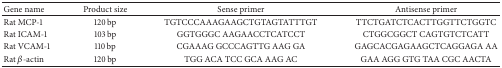
<table><thead><tr><td><b>Gene name</b></td><td><b>Product size </b></td><td><b>Sense primer</b></td><td><b>Antisense primer</b></td></tr></thead><tbody><tr><td>Rat MCP-1</td><td>120 bp</td><td>TGTCCCAAAGAAGCTGTAGTATTTGT</td><td>TTCTGATCTCACTTGGTTCTGGTC</td></tr><tr><td>Rat ICAM-1</td><td>103 bp</td><td>GGTGGGC AAGAACCTCATCCT</td><td>CTGGCGGCT CAGTGTCTCATT</td></tr><tr><td>Rat VCAM-1</td><td>110 bp</td><td>CGAAAG GCCCAGTTG AAG GA</td><td>GAGCACGAGAAGCTCAGGAGA AA</td></tr><tr><td>Rat <i>β</i>-actin</td><td>120 bp</td><td>TGG ACA TCC GCA AAG AC</td><td>GAA AGG GTG TAA CGC AACTA</td></tr></tbody></table>